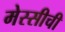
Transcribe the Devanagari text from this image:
मेस्सीची